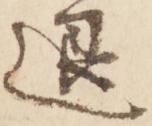
退